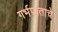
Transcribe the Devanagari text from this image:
गर्भपाताचे